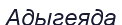
Адыгеяда